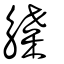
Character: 䚢